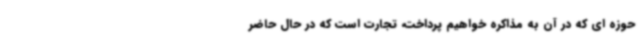
حوزه ای که در آن به مذاکره خواهیم پرداخت، تجارت است که در حال حاضر